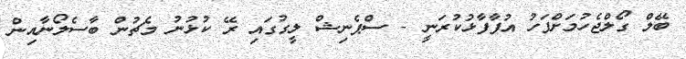
ބޭލް ގޯލްޖެހުމަށްފަހު އުފާފާޅުކުރަނީ - ސްޕެނިޝް ލީގުގައި ރޭ ކުޅުނު މެޗުން ބާސެލޯނާއިން